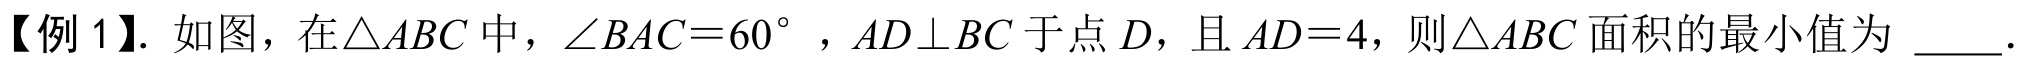
【例 1】. 如图，在\(\triangle ABC\) 中，\(\angle BAC = 60^{\circ}\)，\(AD\perp BC\) 于点 \(D\)，且 \(AD = 4\)，则\(\triangle ABC\) 面积的最小值为  ．